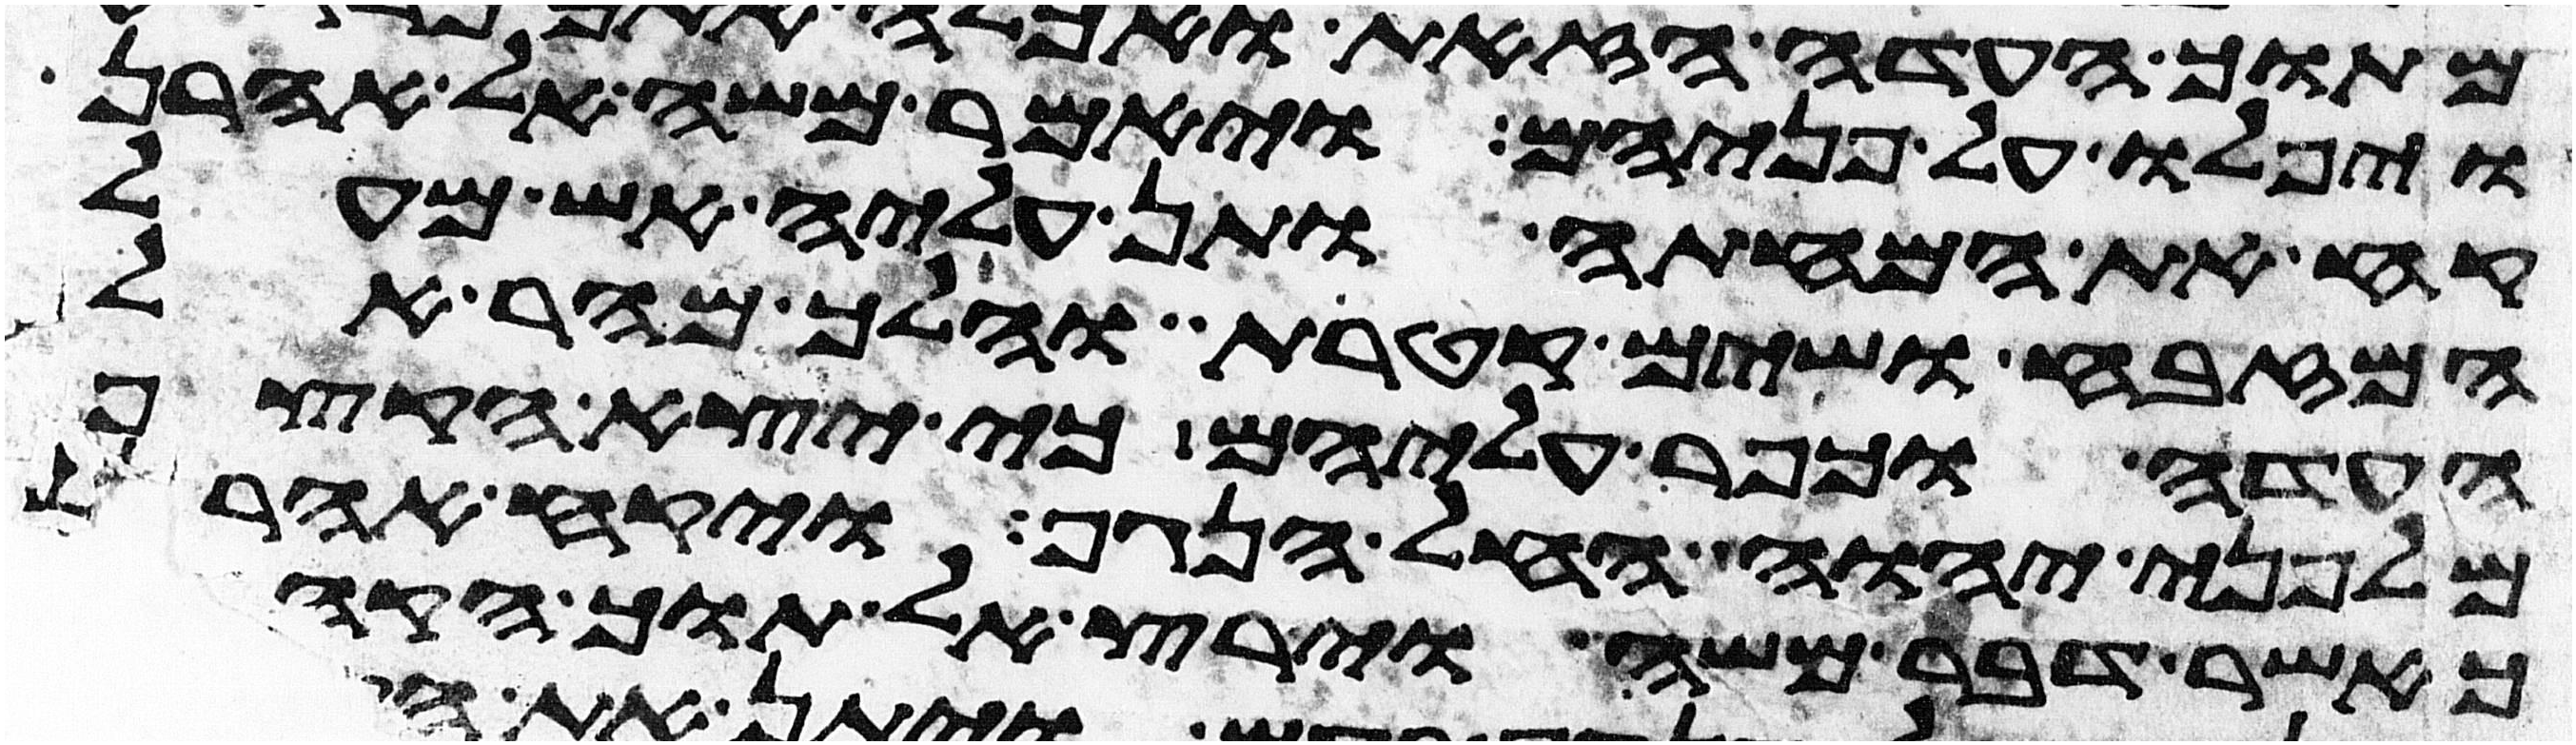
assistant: ויפלו על פניהם ויאמר משה אל אהרן
קח את המחתה ותן עליה אש מעל
המזבח ושים קטרת והלך מהר אל
העדה וכפר עליהם כי יצא הקצף
מלפני יהוה החל הנגף ויקח אהרן
כאשר דבר משה וירץ אל תוך הקהל